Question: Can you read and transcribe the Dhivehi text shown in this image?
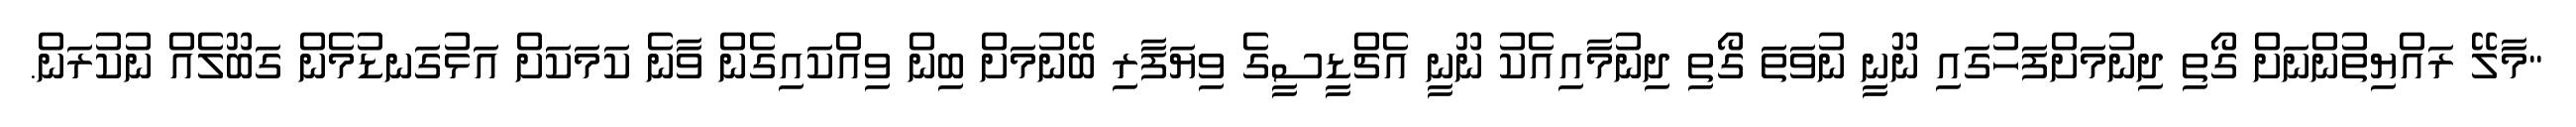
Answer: "މާލޭ ރައްޔިތުންނަށް ގޯތި ދިނުމަށްފަހުގައި ނޫނީ ނުވަތަ ގޯތި ދިނުމާއިއެކު ނޫނީ އެޗްޑީސީގެ ވިޔަފާރި ބޭނުމަށް ބިން ވިއްކައިގެން ވާނެ ކަމަކަށް އަޅުގަނޑުމެން ގަބޫލެއް ނުކުރަން.